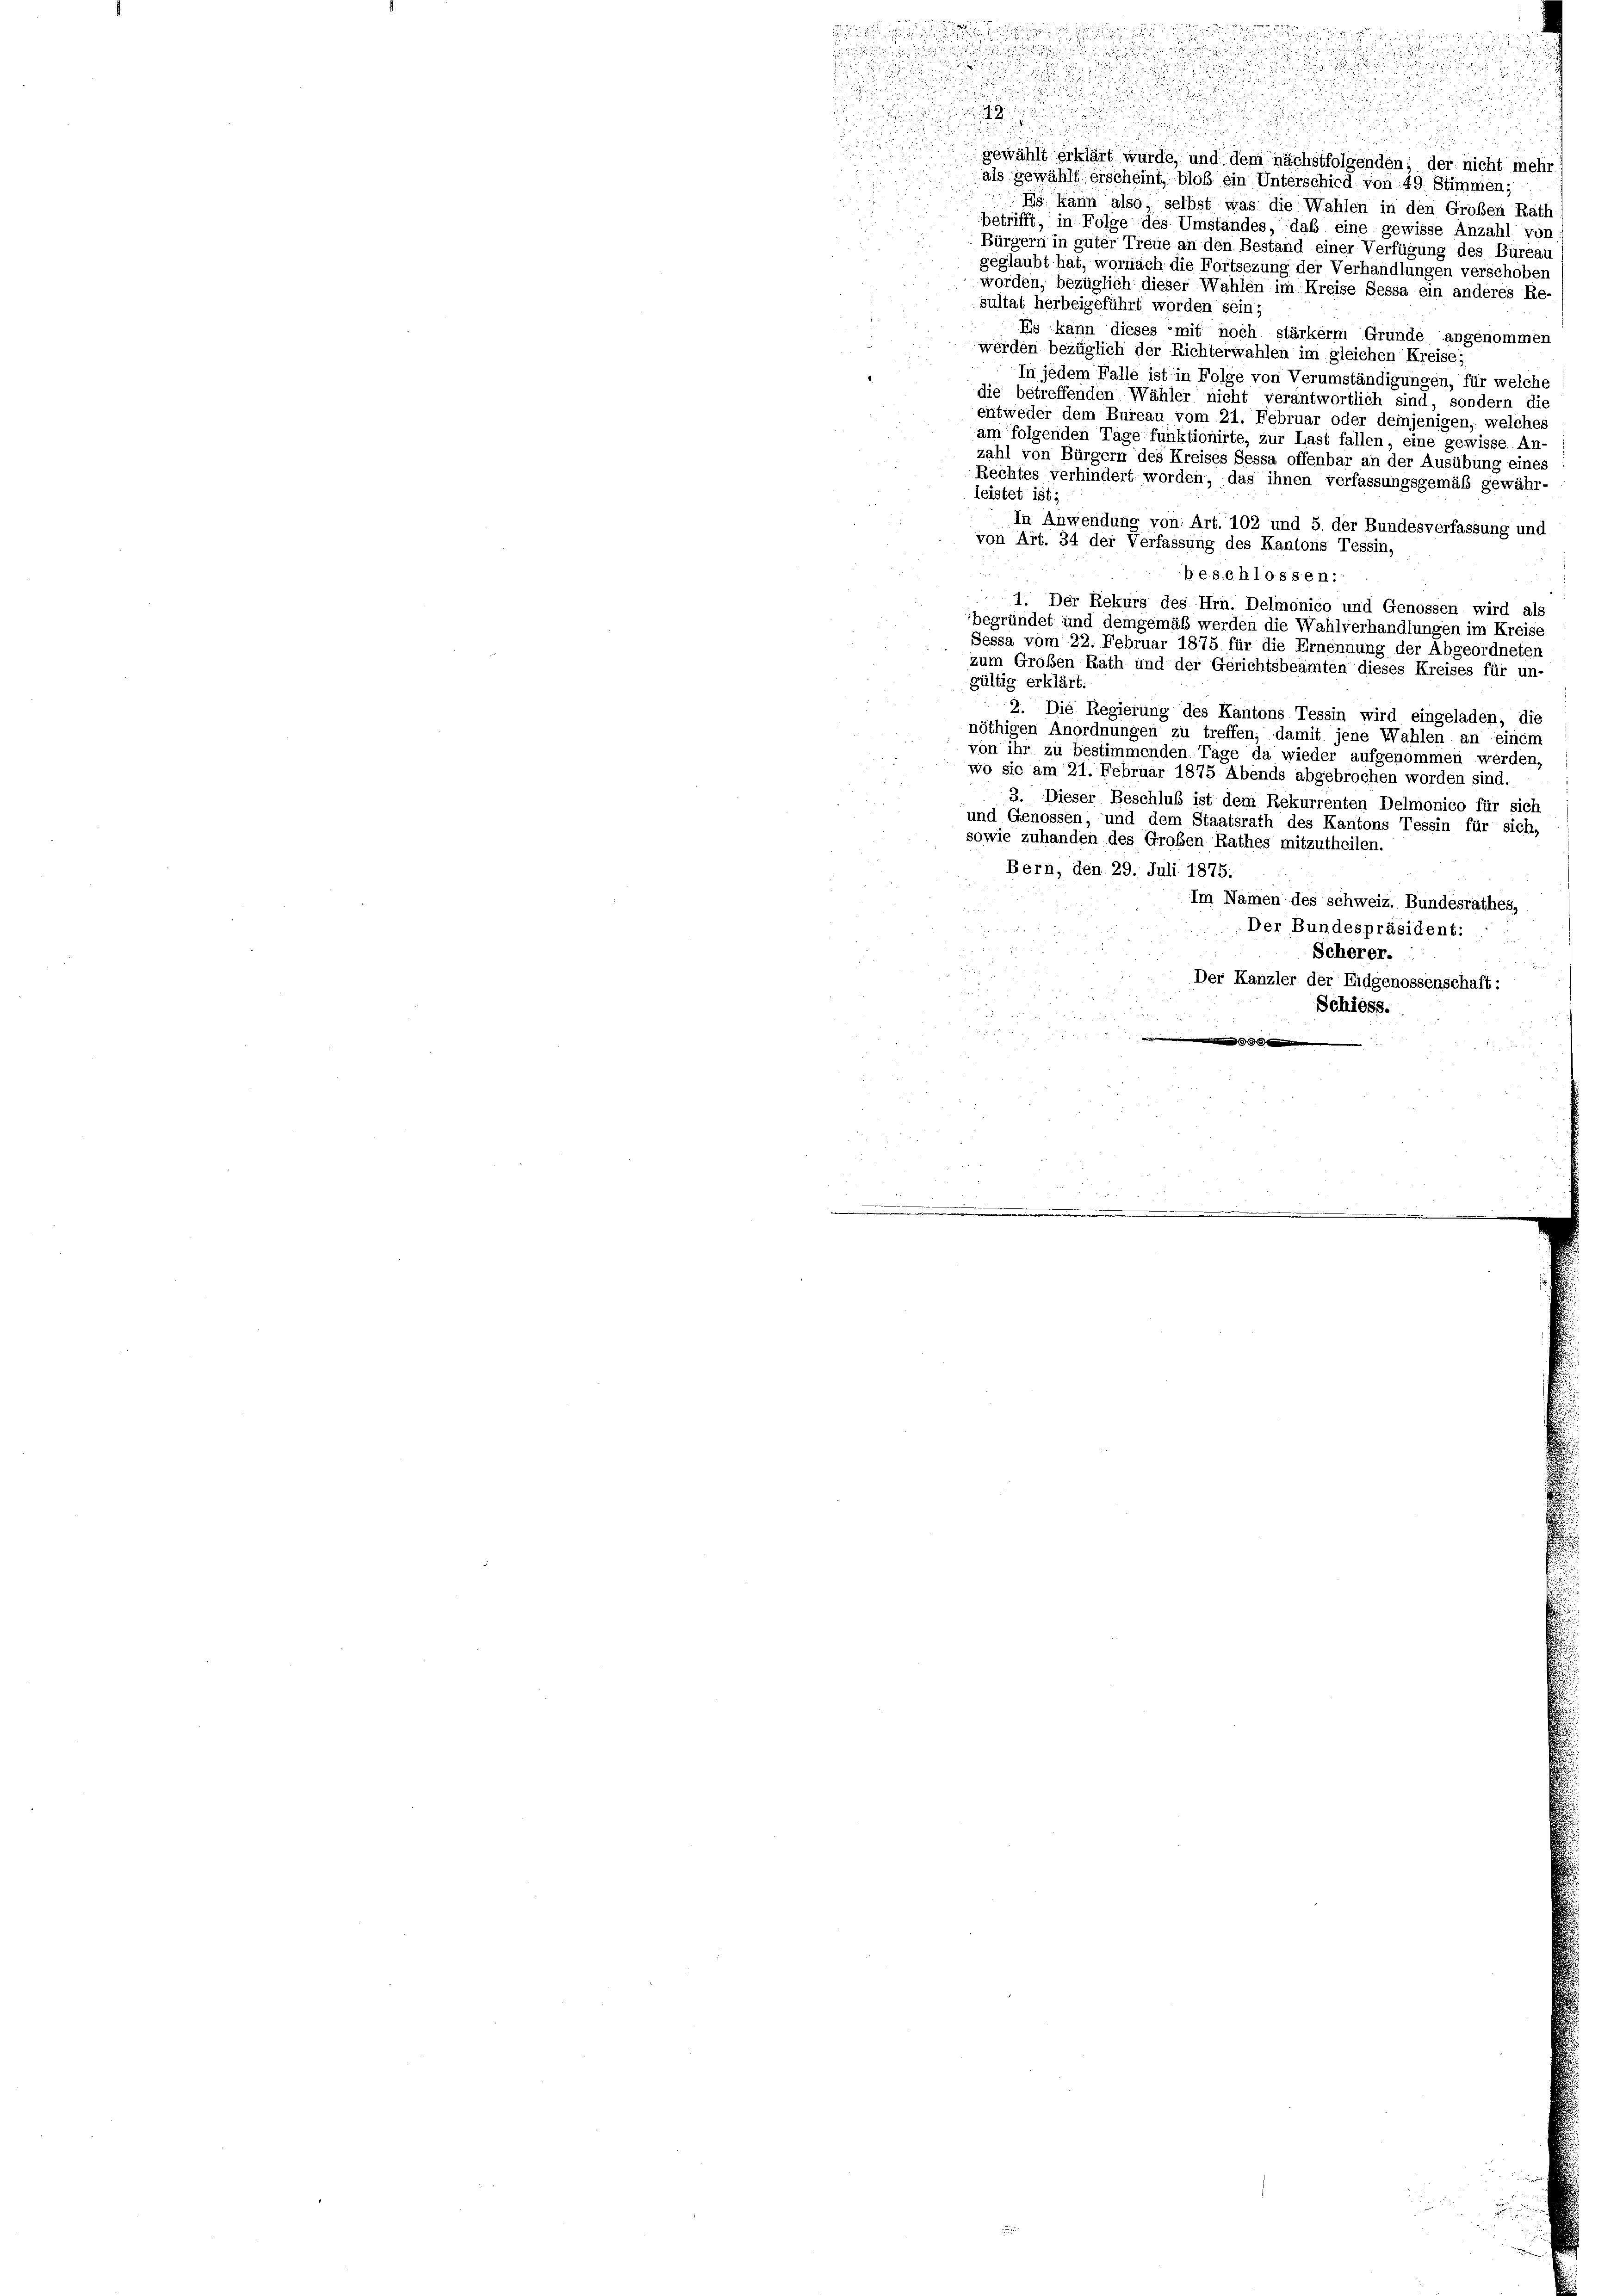
c
.

gewählt erklärt wurde, und dem nächstfolgenden, der nicht mehr
als gewählt erscheint, bloß ein Unterschied von 49. Stimmen;
Es kann also, selbst was die Wahlen in den Großen Rath-
betrifft, in Folge des Umstandes, das eine gewisse Anzahl vor
Bürgern in güter Treue an den Bestand einer Verfügung des Büreau
geglaubt hat, wornach die Fortsezung der Verhandlungen verschoben
worden, bezüglich dieser Wahlen im Kreise Sessa ein anderes Re-
sultat herbeigeführt worden sein,
Es kann dieses mit noch stärkerm Grunde angenommen
werden bezüglich der Richterwahlen im gleichen Kreise;
In jedem Falle ist in Folge von Verumständigungen, für welche
die betreffenden Wähler nicht verantwortlich sind, sondern die
entweder dem Bureau vom 21. Februar oder deinjenigen, welches
am folgenden Tage funktionirte, zur Last fallen, eine gewisse. An-
zahl von Bürgern des Kreises Sessa offenbar an der Ausübung eines
Rechtes verhindert worden, das ihnen verfassungsgemäß gewähr-
leistet ist;
In Anwendung von Art. 102 und 5 der Bundesverfassung und
von Art. 34 der Verfassung des Kantons Tessin,

beschlossen.
1. Der Rekurs des Hrn. Delmonico und Genossen wird als
begründet und demgemäß werden die Wahlverhandlungen im Kreise
Sessa vom 22. Februar 1875 für die Ernennung der Abgeordneten
zum Großen Rath und der Gerichtsbeamten dieses Kreises für un-
gültig erklärt.
2. Die Regierung des Kantons Tessin wird eingeladen, die
nöthigen Anordnungen zu treffen, damit jene Wahlen an einem
von ihr zu bestimmenden Tage da wieder aufgenommen werden,
wo sie am 21. Februar 1875 Abends abgebrochen worden sind.
3. Dieser Beschluß ist dem Rekurrenten Delmonico für sich
und Genossen, und dem Staatsrath des Kantons Tessin für sich,
sowie zuhanden des Großen Rathes mitzutheilen.
Bern, den 29. Juli 1875.
Im Namen des Schweiz. Bundesrathes,
.
 220 f 4 x 2
Der Bundespräsident:

Scherer.
u
 55 f 0 x
Der Kanzler der Eidgenossenschaft:
x

Schiess.
i in den